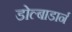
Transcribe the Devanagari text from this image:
डोल्बाडार्न